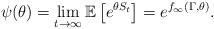
LaTeX: \begin{align*}\psi(\theta)=\lim_{t\rightarrow\infty}\mathbb{E}\left[e^{\theta S_{t}}\right]=e^{f_{\infty}(\Gamma,\theta)}.\end{align*}